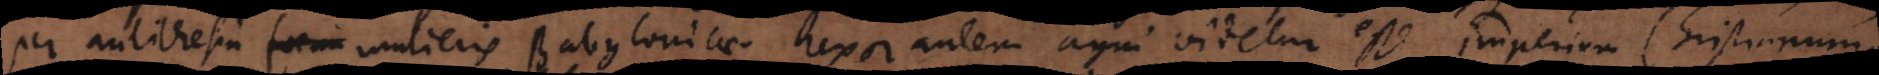
per antithesin foemi mulieris Babylonicae. Uxor autem agni videtur esse imperium Christianum.